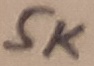
Text: 5K